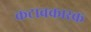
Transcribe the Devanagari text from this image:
कटावकारक